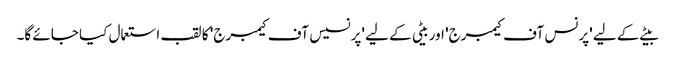
بیٹے کے لیے 'پرنس آف کیمبرج' اور بیٹی کے لیے 'پرنسیس آف کیمبرج' کا لقب استعمال کیا جائے گا۔